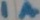
Text: 1A